Civil Veterinary Dept. Assam report 1927-50 - 1927-1950
Year: 1927
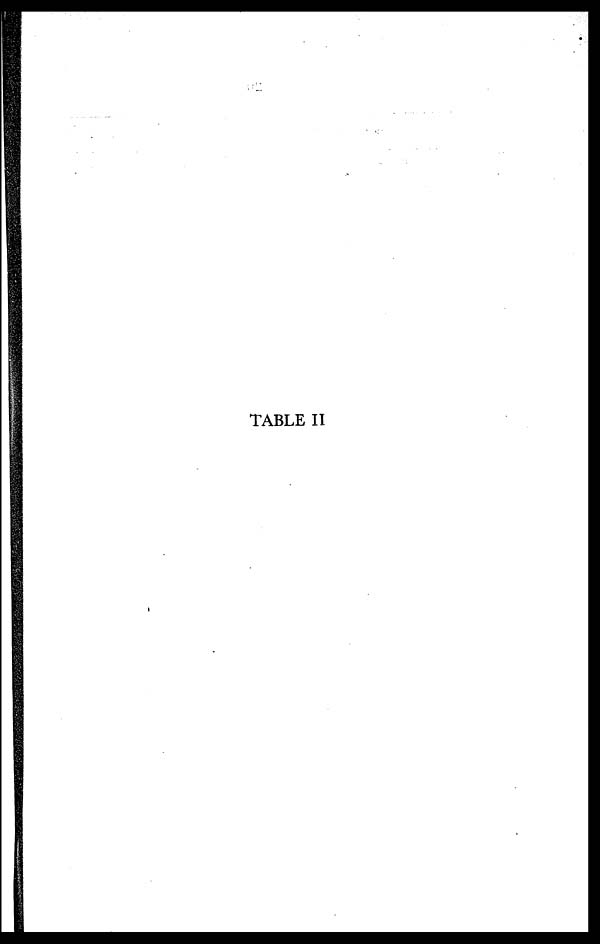
TABLE II